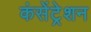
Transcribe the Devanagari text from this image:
कंसेंट्रेशन